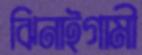
ঝিনাইগামী